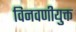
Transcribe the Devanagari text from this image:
विनवणीयुक्त